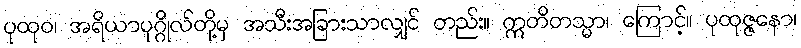
ပုထုဝ၊ အရိယာပုဂ္ဂိုလ်တို့မှ အသီးအခြားသာလျှင် တည်း။ ဣတိတသ္မာ၊ ကြောင့်။ ပုထုဇ္ဇနော၊